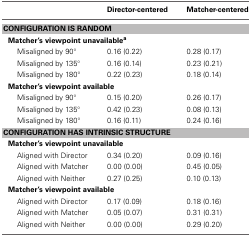
<table><thead><tr><td></td><td><b>Director-centered</b></td><td><b>Matcher-centered</b></td></tr></thead><tbody><tr><td colspan="3"><b>CONFIGURATION IS RANDOM</b></td></tr><tr><td colspan="3"><b>Matcher&#x27;s viewpoint unavailable<sup>a</sup></b></td></tr><tr><td>Misaligned by 90°</td><td>0.16 (0.22)</td><td>0.28 (0.17)</td></tr><tr><td>Misaligned by 135°</td><td>0.16 (0.14)</td><td>0.23 (0.21)</td></tr><tr><td>Misaligned by 180°</td><td>0.22 (0.23)</td><td>0.18 (0.14)</td></tr><tr><td colspan="3"><b>Matcher&#x27;s viewpoint available</b></td></tr><tr><td>Misaligned by 90°</td><td>0.15 (0.20)</td><td>0.26 (0.17)</td></tr><tr><td>Misaligned by 135°</td><td>0.42 (0.23)</td><td>0.08 (0.13)</td></tr><tr><td>Misaligned by 180°</td><td>0.16 (0.11)</td><td>0.24 (0.16)</td></tr><tr><td colspan="3"><b>CONFIGURATION HAS INTRINSIC STRUCTURE</b></td></tr><tr><td colspan="3"><b>Matcher&#x27;s viewpoint unavailable</b></td></tr><tr><td>Aligned with Director</td><td>0.34 (0.20)</td><td>0.09 (0.16)</td></tr><tr><td>Aligned with Matcher</td><td>0.00 (0.00)</td><td>0.45 (0.05)</td></tr><tr><td>Aligned with Neither</td><td>0.27 (0.25)</td><td>0.10 (0.13)</td></tr><tr><td colspan="3"><b>Matcher&#x27;s viewpoint available</b></td></tr><tr><td>Aligned with Director</td><td>0.17 (0.09)</td><td>0.18 (0.16)</td></tr><tr><td>Aligned with Matcher</td><td>0.05 (0.07)</td><td>0.31 (0.31)</td></tr><tr><td>Aligned with Neither</td><td>0.00 (0.00)</td><td>0.29 (0.20)</td></tr></tbody></table>